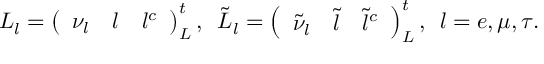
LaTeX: L _ { l } = \left( \begin{array} { c c c } { { \nu _ { l } } } & { { l } } & { { l ^ { c } } } \end{array} \right) _ { L } ^ { t } , \, \ \tilde { L } _ { l } = \left( \begin{array} { c c c } { { \tilde { \nu } _ { l } } } & { { \tilde { l } } } & { { \tilde { l } ^ { c } } } \end{array} \right) _ { L } ^ { t } , \, \ l = e , \mu , \tau .